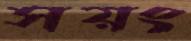
সয়ং